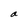
Character: a